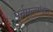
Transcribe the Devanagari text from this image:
पूर्नमूल्यांकन